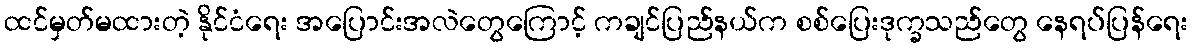
ထင်မှတ်မထားတဲ့ နိုင်ငံရေး အပြောင်းအလဲတွေကြောင့် ကချင်ပြည်နယ်က စစ်ပြေးဒုက္ခသည်တွေ နေရပ်ပြန်ရေး